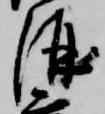
酒